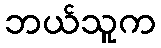
ဘယ်သူက